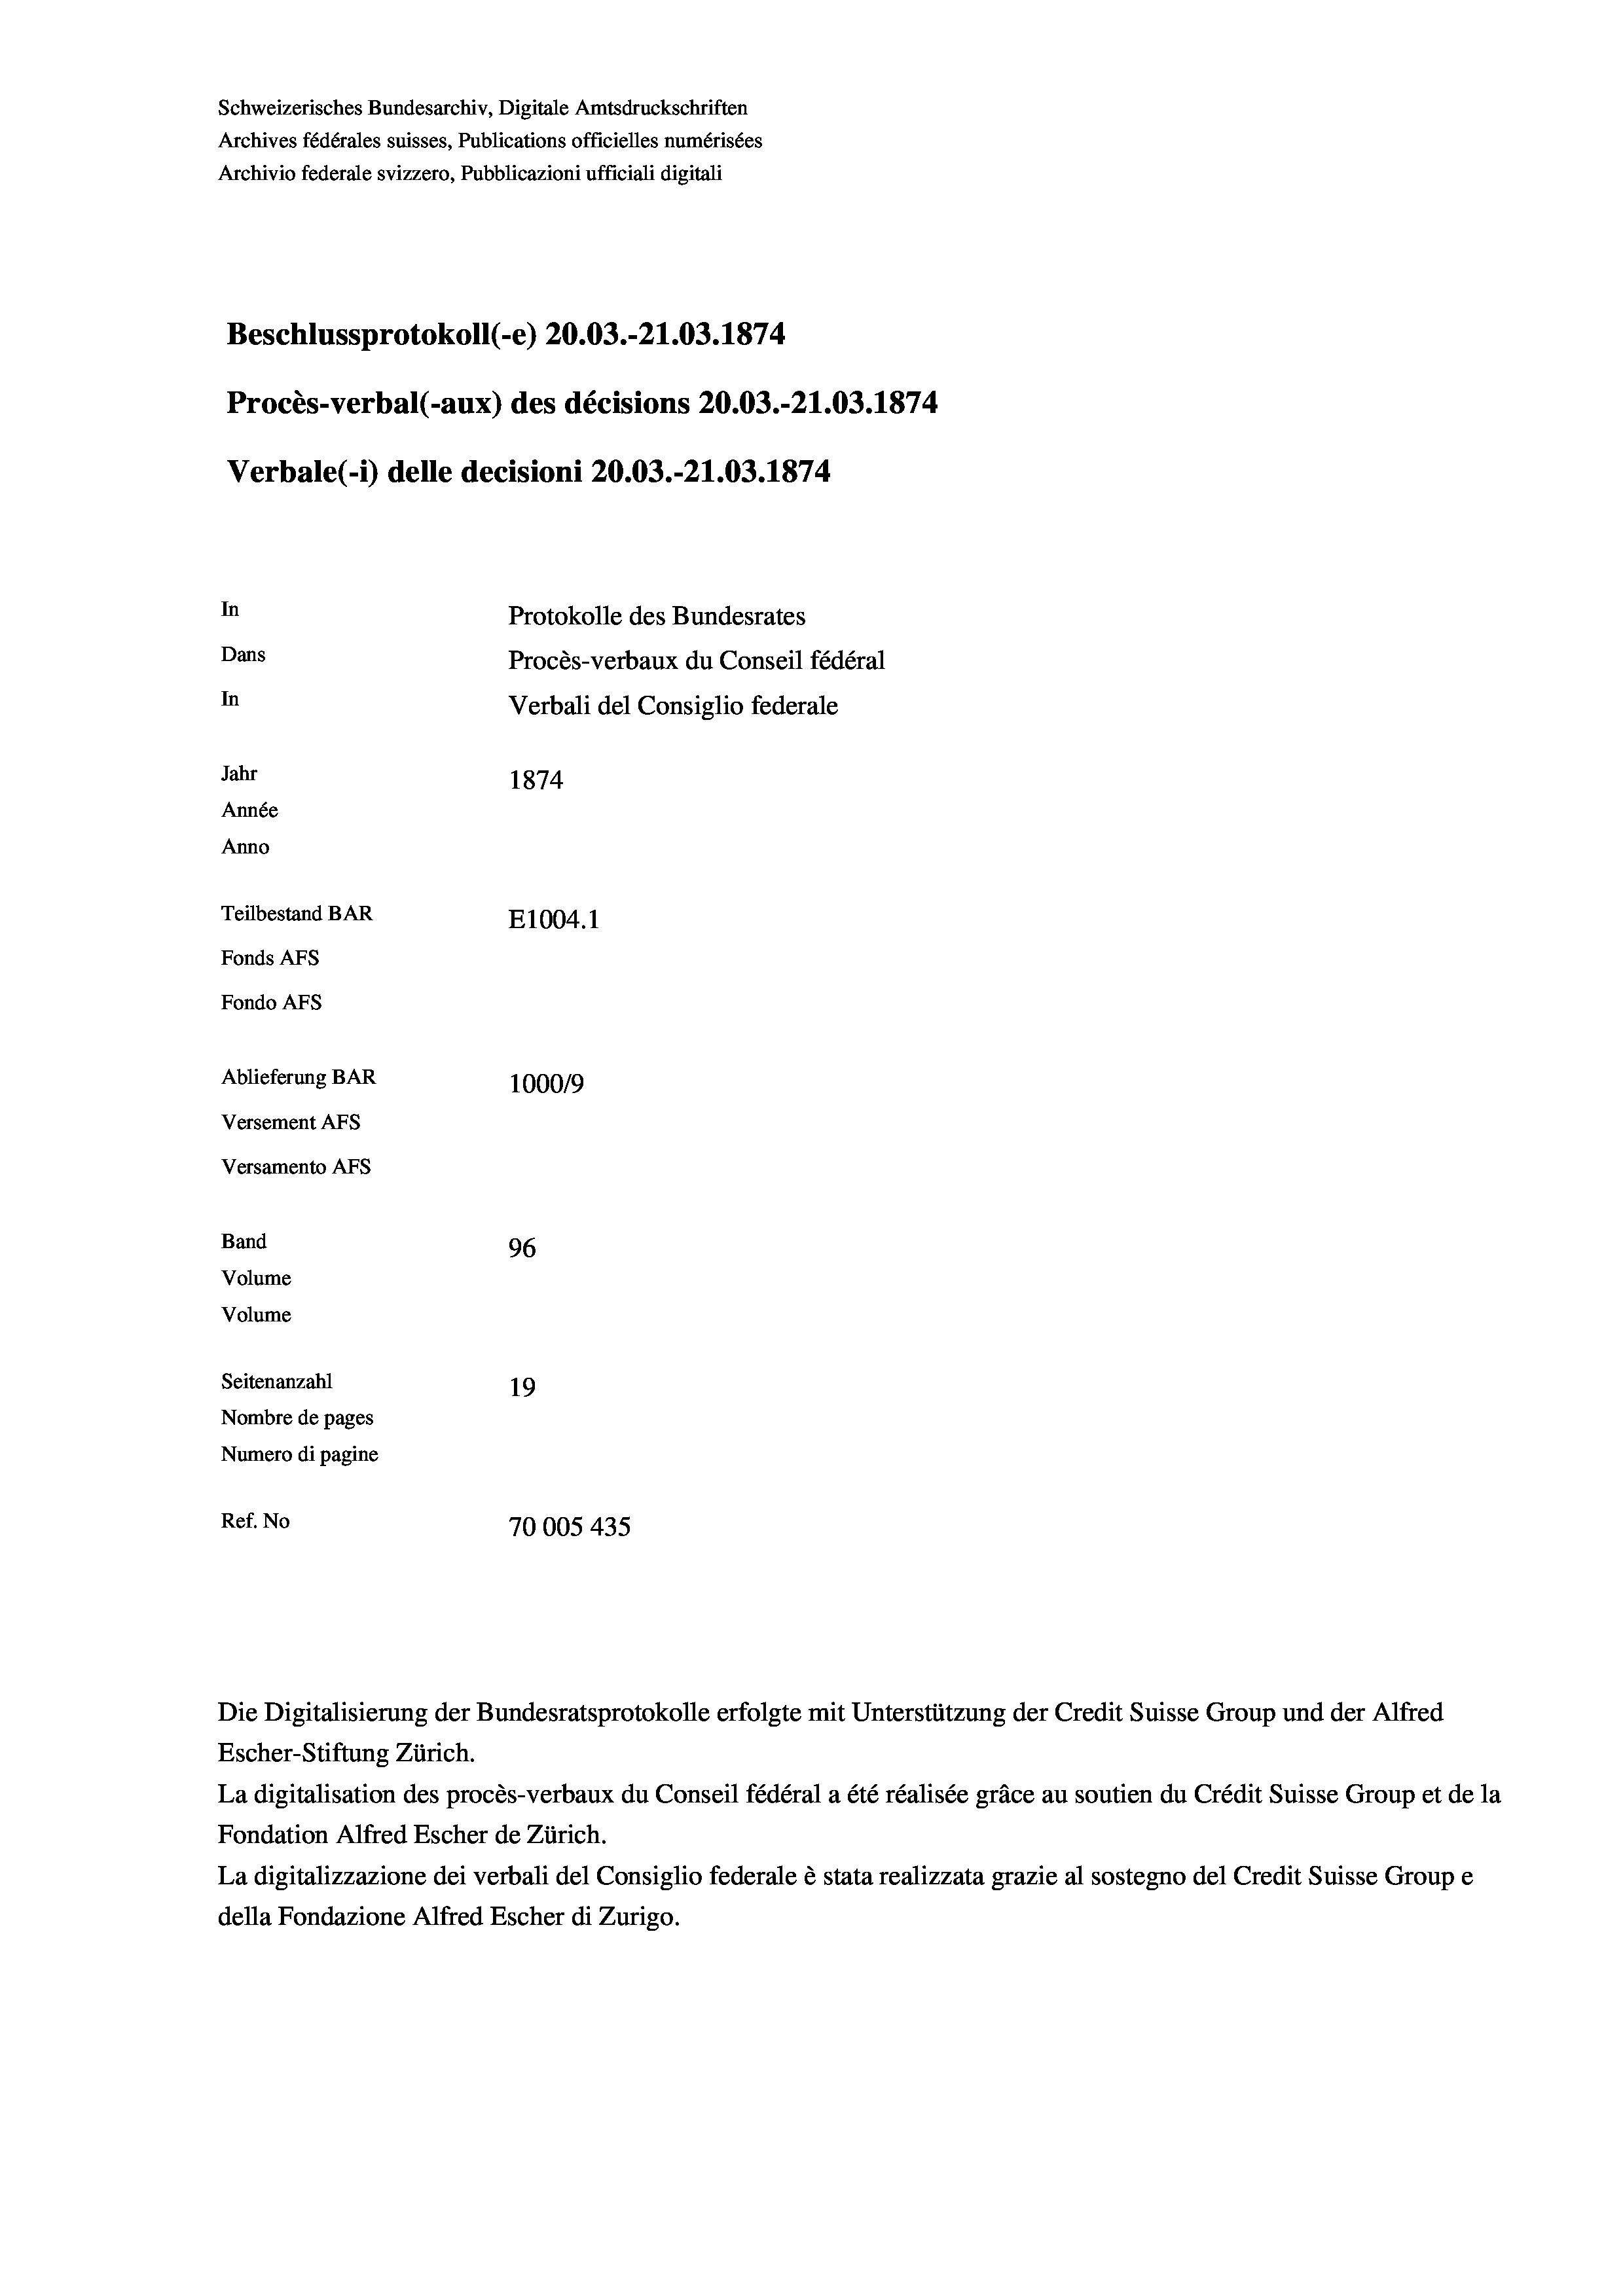
Schweizerisches Bundesarchiv, Digitale Amtsdruckschriften
Archives fédérales suisses, Publications officielles numérisées
Archivio federale svizzero, Pubblicazioni ufficiali digitali
Beschlussprotokoll (-e) 20.03.-21.03. 1874
Procès-verbal (-aux) des décisions 20.03.-21.03. 1874.
Verbale (- 1) delle decisioni 20.03.-21.03. 1874
In
Protokolle des Bundesrates
Dans
Procès-verbaux du Conseil fédéral
In
Verbali del Consiglio federale
Jahr
1874
Année
Anno
Teilbestand BAR
E1004. 1
Fonds AFs
Fondo Afs
Ablieferung BAR
1000/9
Versement AFS
Versamento Afs
Band
96
Volume
Volume
Seitenanzahl
19
Nombre de pages
Numero di pagine
Ref. No
70005435

La digitalisation des procès-verbaux du Conseil fédéral a été réalisée gräce au soutien du Crédit Suisse Group et de la
Fondation Alfred Escher de Zürich.
La digitalizzazione dei verbali del Consiglio federale è stata realizzata grazie al sostegno del Credit Suisse Groupe
della Fondazione Alfred Escher di Zurigo.

Die Digitalisierung der Bundesratsprotokolle erfolgte mit Unterstützung der Credit Suisse Group und der Alfred
Escher-Stiftung Zürich.